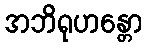
အဘိရုဟန္တော